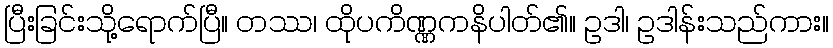
ပြီးခြင်းသို့ရောက်ပြီ။ တဿ၊ ထိုပကိဏ္ဏကနိပါတ်၏။ ဥဒါ၊ ဥဒါန်းသည်ကား။